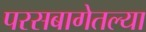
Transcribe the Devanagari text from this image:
परसबागेतल्या